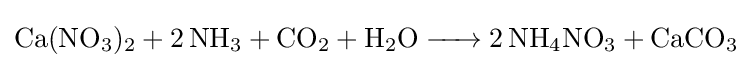
{\ce {Ca(NO3)2 + 2 NH3 + CO2 + H2O -> 2 NH4NO3 + CaCO3}}